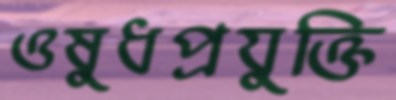
ওষুধপ্রযুক্তি